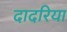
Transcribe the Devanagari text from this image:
दादरिया